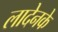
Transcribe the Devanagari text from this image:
लादेनके